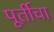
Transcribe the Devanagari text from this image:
पूर्तीचा